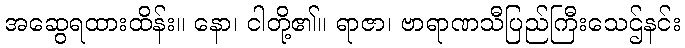
အဆွေရထားထိန်း။ နော၊ ငါတို့၏။ ရာဇာ၊ ဗာရာဏသီပြည်ကြီးသေဌ်နင်း